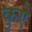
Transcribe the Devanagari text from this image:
कुऐ